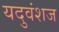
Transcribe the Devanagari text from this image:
यदुवंशज